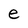
Character: e